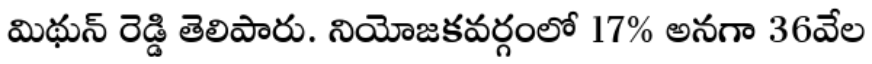
మిథున్ రెడ్డి తెలిపారు. నియోజకవర్గంలో 17% అనగా 36వేల